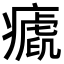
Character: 𤺝